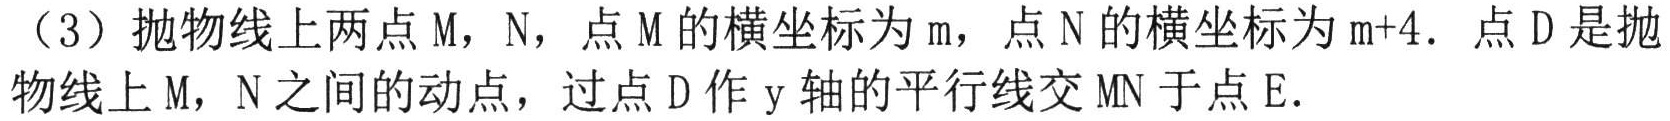
（3）抛物线上两点 \(M\)，\(N\)，点 \(M\) 的横坐标为 \(m\)，点 \(N\) 的横坐标为 \(m + 4\). 点 \(D\) 是抛物线上 \(M\)，\(N\) 之间的动点，过点 \(D\) 作 \(y\) 轴的平行线交 \(MN\) 于点 \(E\).